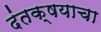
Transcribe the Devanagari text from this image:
दंतक्षयाचा